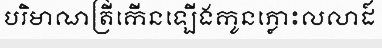
បរិមាណត្រីកើនឡើងកូនភ្លោះលលាដ៍